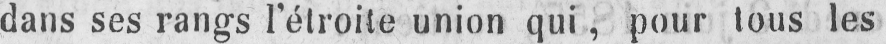
dans ses rangs l’étroite union qui, pour tous les